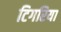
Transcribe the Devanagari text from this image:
टिगरिया